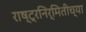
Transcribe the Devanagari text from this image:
राष्ट्रनिर्मितीच्या